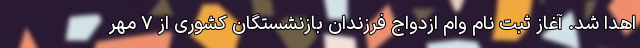
اهدا شد. آغاز ثبت نام وام ازدواج فرزندان بازنشستگان کشوری از ۷ مهر